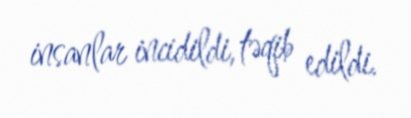
insanlar incidildi, təqib edildi.